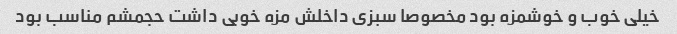
خیلی خوب و خوشمزه بود مخصوصا سبزی داخلش مزه خوبی داشت حجمشم مناسب بود